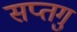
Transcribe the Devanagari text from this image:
सप्तगु